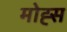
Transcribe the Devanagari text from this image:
मोह्स